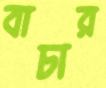
বাচার